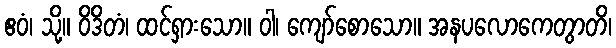
ဧဝံ၊ သို့။ ဝိဒိတံ၊ ထင်ရှားသော။ ဝါ၊ ကျော်စောသော။ အနပလောကေတွာတိ၊